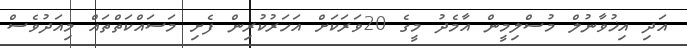
އަދި އިޚުވާނުލް މުސްލިމީން އާމެދު މީގެ 20ވަރަކަށް އަހަރުކުރިން ފެށި މަސައްކަތްތައް މިއަދުވެސް